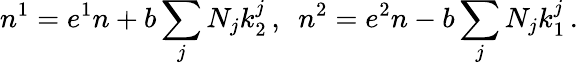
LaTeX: n^{1}=e^{1}n+b\sum_{j}N_{j}k_{2}^{j}\, ,\enspace n^{2}=e^{2}n-b\sum_{j}N_{j}k_{1}^{j}\, .